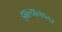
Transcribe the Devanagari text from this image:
झाल्यानण्तर